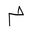
Letter: _mim